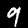
Label: 9